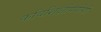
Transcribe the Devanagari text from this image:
कविशिक्षोपयोगी